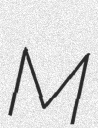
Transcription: M